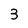
Character: 3